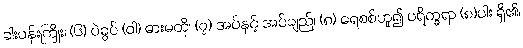
ခါးပန်းကြိုး၊ (၆) ပဲခွပ် (ဝါ) ဓားမတို၊ (၇) အပ်နှင့် အပ်ချည်၊ (၈) ရေစစ်ဟူ၍ ပရိက္ခရာ (၈)ပါး ရှိ၏၊